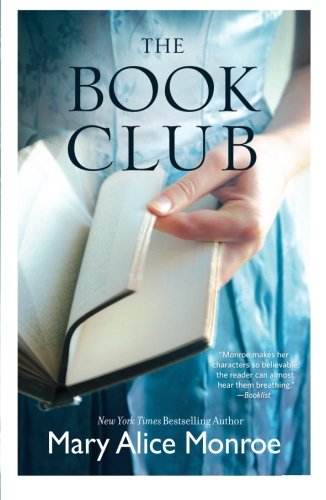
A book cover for The Book Club; Mary Alice Monroe; Literature & Fiction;